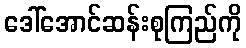
ဒေါ်အောင်ဆန်းစုကြည်ကို